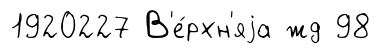
1920227 В'е́рхн'яjа жд 98